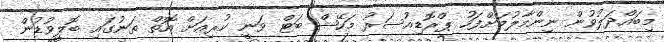
މިބައްދަލުވުން ނިންމާލުމަށްފަހު ޕްރޮޑިއުސަރު މަހޭޝް ބަޓް ވަނީ ކުރިއަށް އޮތް ތަނުގައި ބޮލީވުޑުން